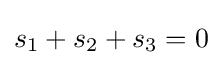
s_{1}+s_{2}+s_{3}=0